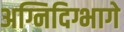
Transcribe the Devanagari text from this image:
अग्निदिग्भागे